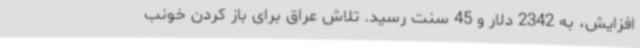
افزایش، به 2342 دلار و 45 سنت رسید. تلاش‌ عراق برای باز کردن خونب